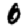
Digit: 0